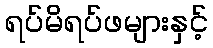
ရပ်မိရပ်ဖများနှင့်